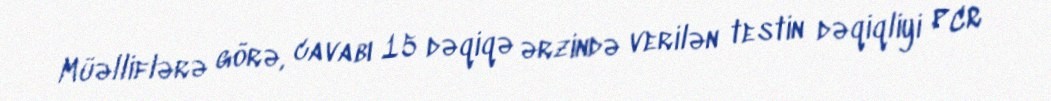
Müəlliflərə görə, cavabı 15 dəqiqə ərzində verilən testin dəqiqliyi PCR